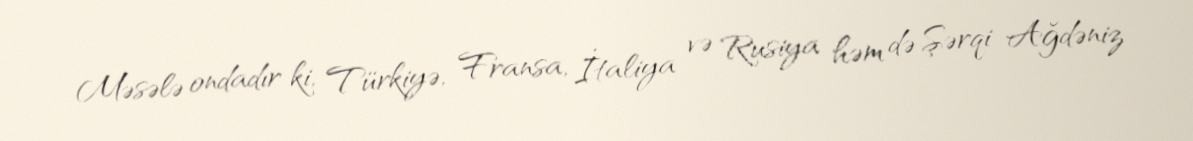
Məsələ ondadır ki, Türkiyə, Fransa, İtaliya və Rusiya həm də Şərqi Ağdəniz